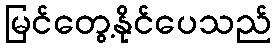
မြင်တွေ့နိုင်ပေသည်